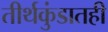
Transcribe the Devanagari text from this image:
तीर्थकुंडातही